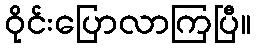
ဝိုင်းပြောလာကြပြီ။